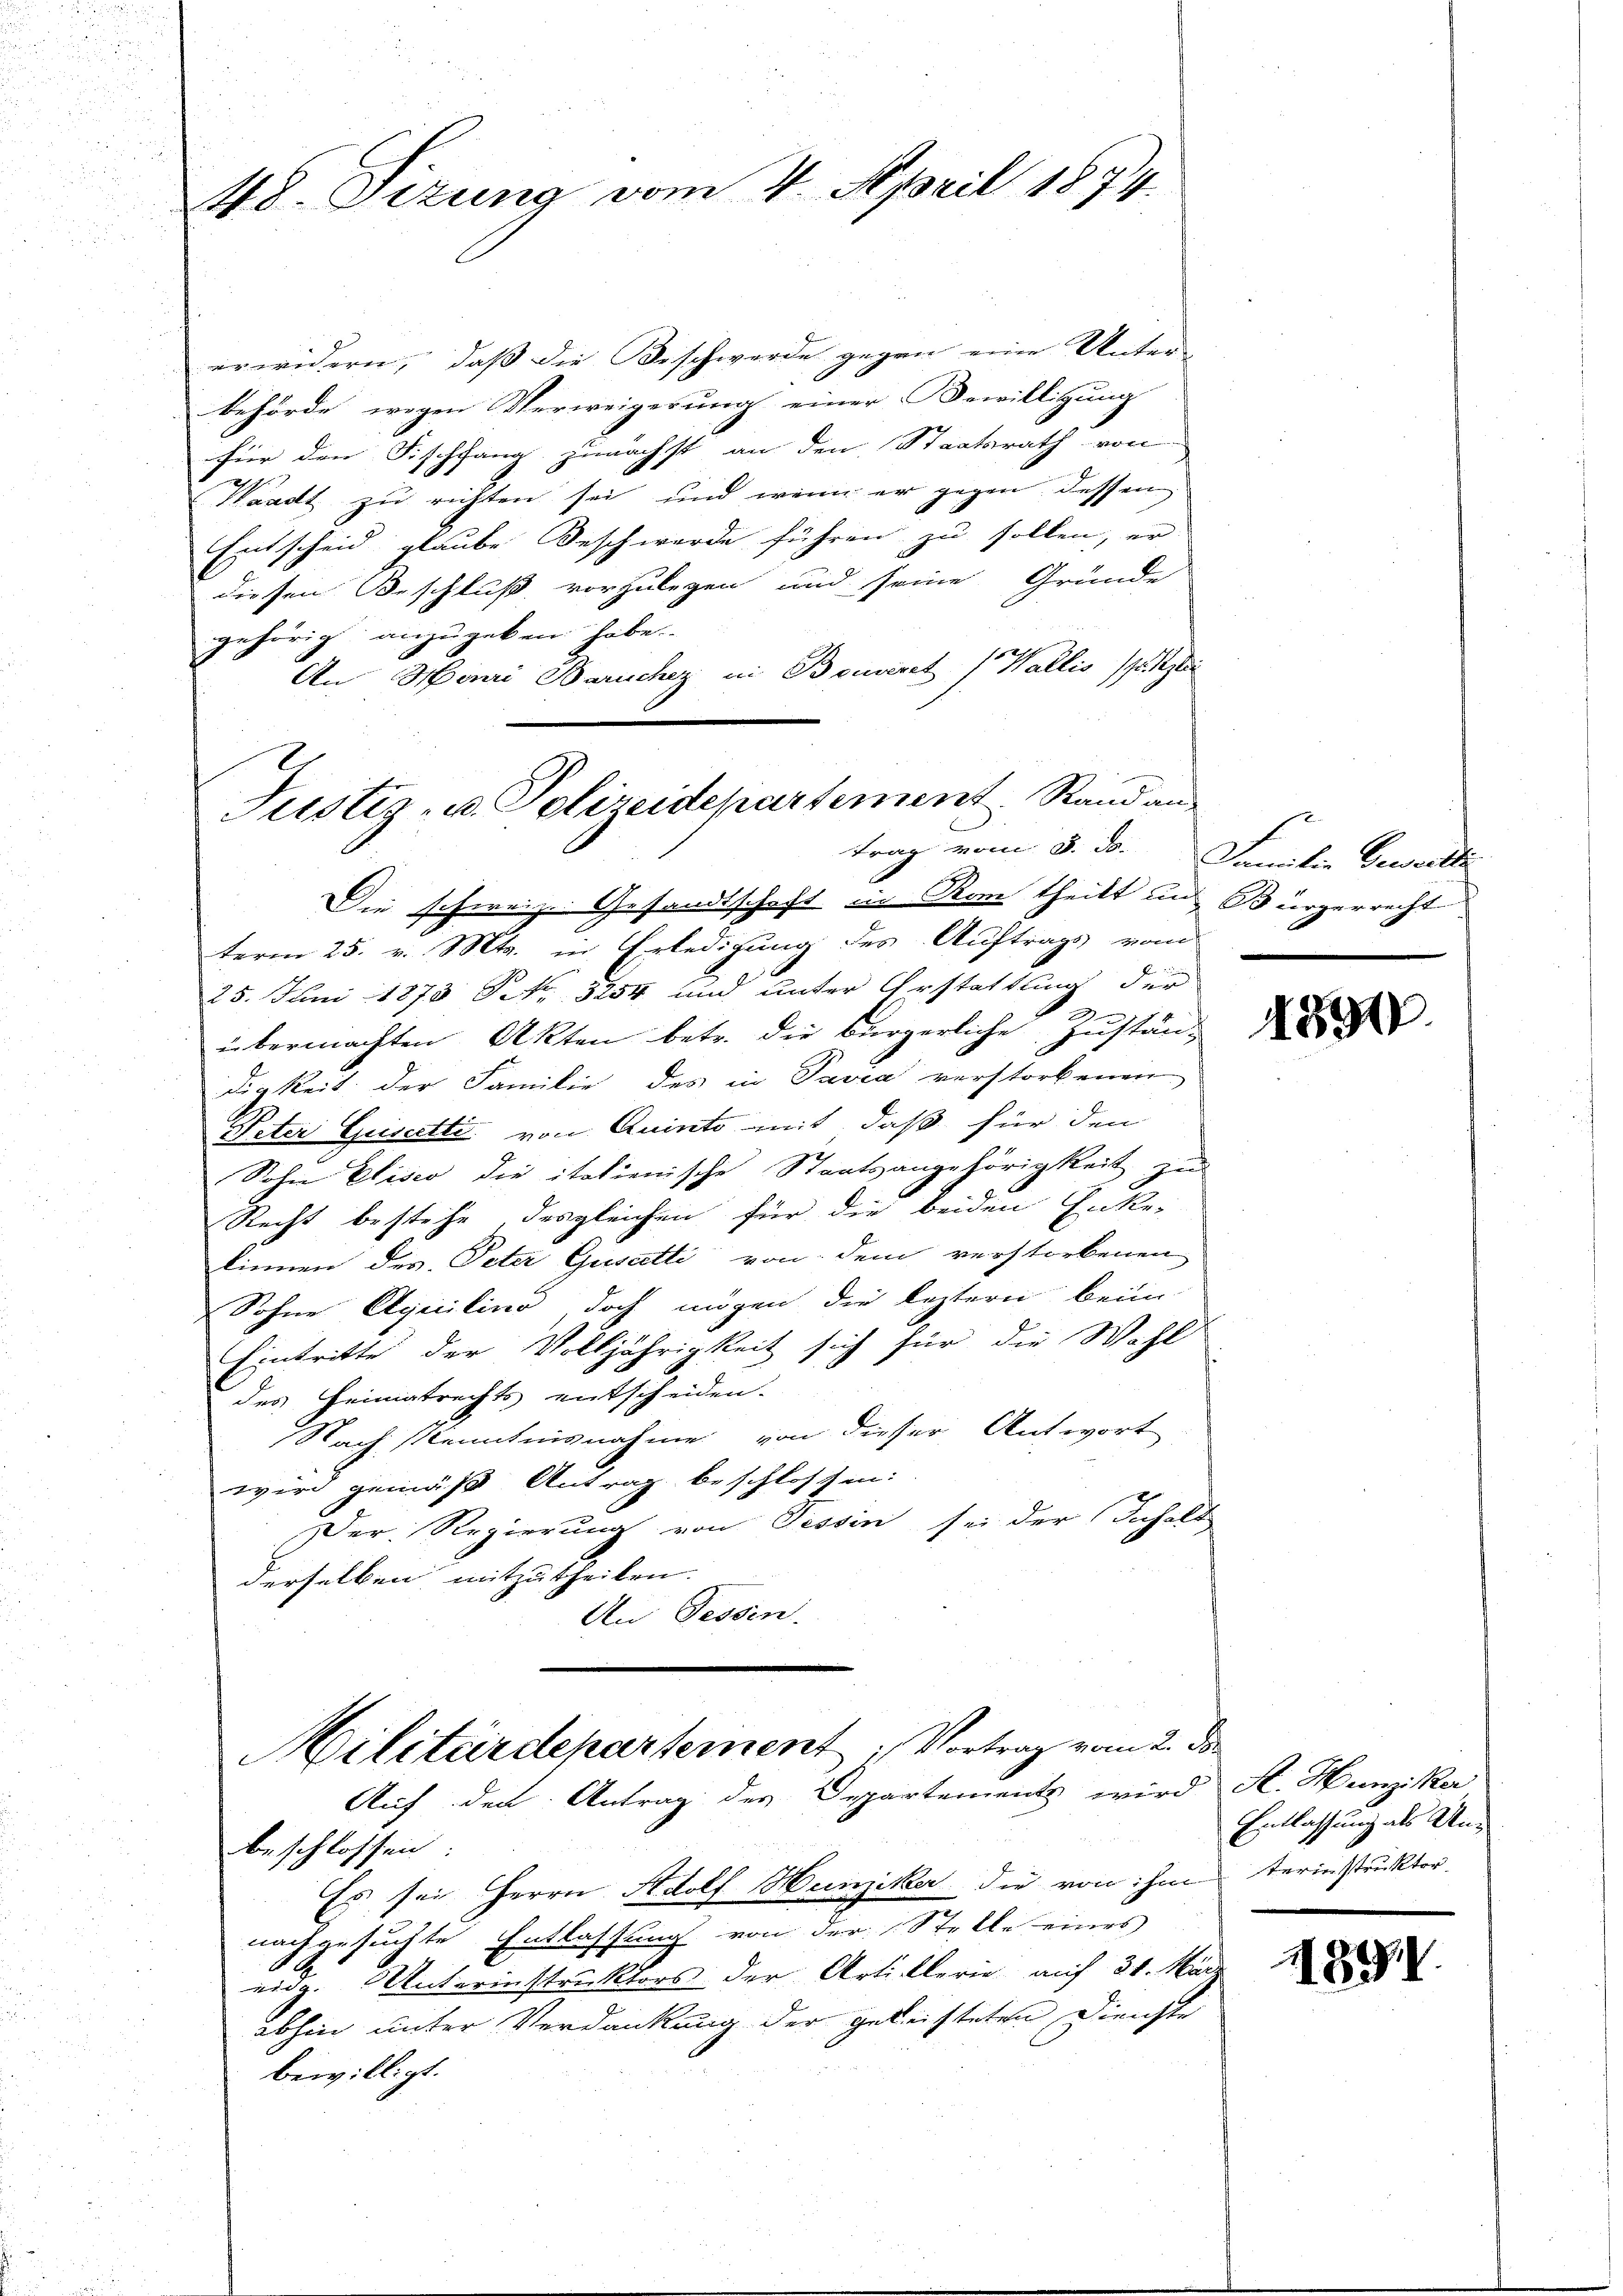
48. Sizung vom 4. April 1874.

erwidern, daß die Beschwerde gegen eine Unter-
behörde wegen Verweigerung einer Bewilligung
für den Fischfang zunächst an den Staatsrath von
h
Waadt zu richten sei und wenn er gegen dessen
Entscheid glaube Beschwerde führen zu sollen, er
diesen Beschluß vorzulegen und seine Gründe
gehörig anzugeben habe.
An Henri Baruchez in Boneret Wallis (Justi
trag vom 3. ds. Familie Gewalte
Die schweiz. Gesandtschaft in Rom theilt und Bürgerrecht
term 25. v. Mts. in Erledigung des Auftrags vom
25. Juni 1873 No 3254 und unter Erstattung der
.
übermachten Akten betr. die bürgerliche Zuständigkeit der Familie des in Pavia verstorbenen
Peter Geistette von Quinto mit, daß für den
Sohn Eliser die italienische Staatsangehörigkeit zur
Recht bestehe desgleichen für die beiden Ente-
kinnen des Peter Gusatti von dem verstorbenen
Sohne Aquilino doch mögen die leztern beim
Eintritte der Volljährigkeit sich für die Wahl
des Heimatrechts entscheiden.
Nach Kenntnisnahme von dieser Antwort
wird gemäß Antrag beschlossen:
Der Regierung von Tessin sei der Inhalt
derselben mitzutheilen.
An Tessin.

Justiz- u. Polizeidepartement. Stand an

Militärdepartement Vortrag vom 2. de
Auf den Antrag des Departements wird A. Hunziker
beschlossen:

Es sei Herrn Adolf Hunziker die von ihm terinstruktor
nachgesuchte Entlassung von der Stelle eines
eidg. Unterinstruktors der Artillerie auf 31. März
abhin unter Verdankung der geleisteten Dienste
bewilligt.

Entlassung als Uni¬
.

1890

1891